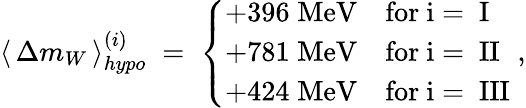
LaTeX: \langle\, \Delta m_{W}\, \rangle_{hypo}^{(i)}\; =\; \left\{ \begin{array}{cl}{{+396\; \mathrm{MeV}}}&{{\mathrm{for~i=~I}}}\\ {{+781\; \mathrm{MeV}}}&{{\mathrm{for~i=~II}}}\\ {{+424\; \mathrm{MeV}}}&{{\mathrm{for~i=~III}}}\end{array}\right.\; ,